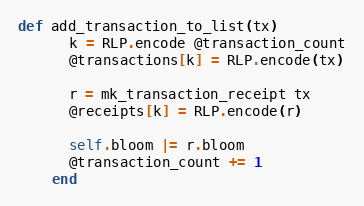
Language: Ruby
def add_transaction_to_list(tx)
      k = RLP.encode @transaction_count
      @transactions[k] = RLP.encode(tx)

      r = mk_transaction_receipt tx
      @receipts[k] = RLP.encode(r)

      self.bloom |= r.bloom
      @transaction_count += 1
    end